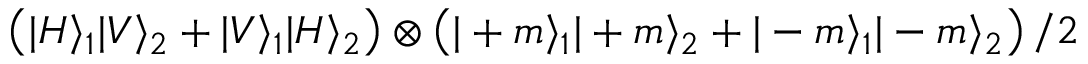
\left( | H \rangle _ { 1 } | V \rangle _ { 2 } + | V \rangle _ { 1 } | H \rangle _ { 2 } \right) \otimes \left( | + m \rangle _ { 1 } | + m \rangle _ { 2 } + | - m \rangle _ { 1 } | - m \rangle _ { 2 } \right) / 2